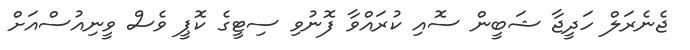
ޖެނެރަލް ހަދީޖާ ޝަބީން ސޮއި ކުރައްވާ ފޮނުވި ސިޓީގެ ކޮޕީ ވެސް ވީނިއުސްއަށް